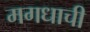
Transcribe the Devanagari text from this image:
मगधाची